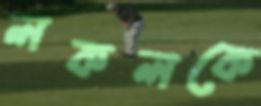
লকলকে